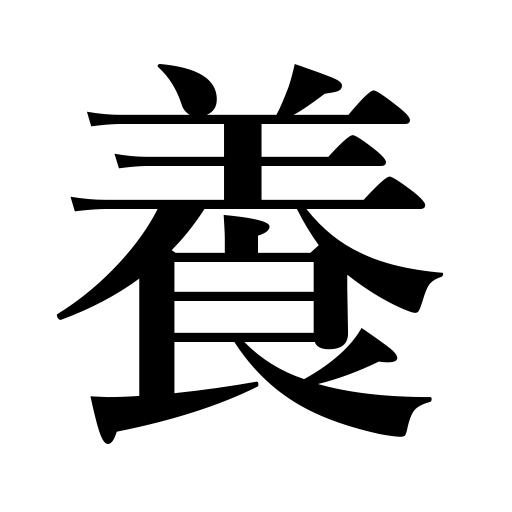
Meanings: rear,adopt,support,bring up,foster,promote health,cultivate,develop